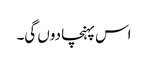
اس پہنچا دوں گی۔